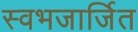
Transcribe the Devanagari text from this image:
स्वभजार्जित